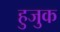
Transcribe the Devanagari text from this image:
हुजुक